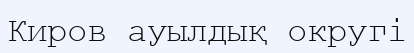
Киров ауылдық округі